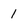
Character: 1